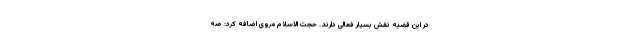
در این قضیه نقش بسیار فعالی دارند. حجت الاسلام مروی اضافه کرد: صه